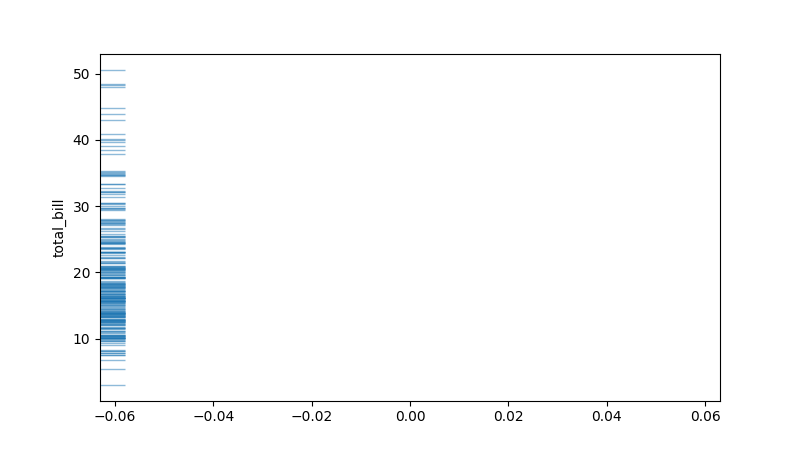
python, seaborn, rugplot, height=0.04, axis='y', alpha=0.5